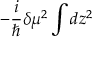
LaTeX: - \frac { i } { \hbar } \delta \mu ^ { 2 } \int d z ^ { 2 }